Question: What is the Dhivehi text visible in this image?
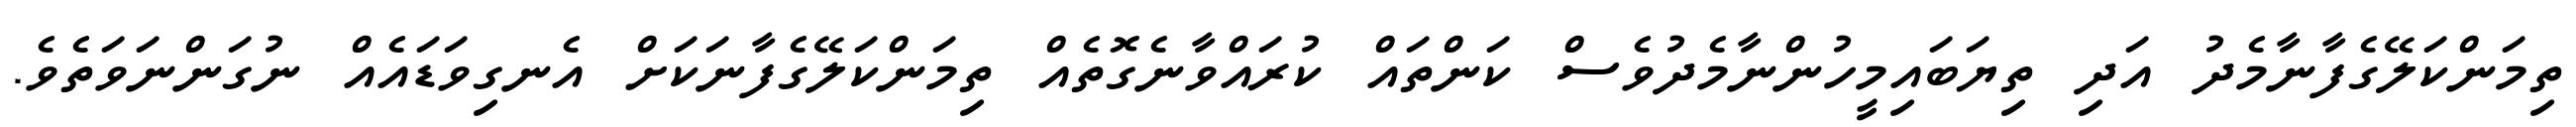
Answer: ތިމަންކަލޭގެފާނާމެދު އަދި ތިޔަބައިމީހުންނާމެދުވެސް ކަންތައް ކުރައްވާނެގޮތެއް ތިމަންކަލޭގެފާނަކަށް އެނގިވަޑައެއް ނުގަންނަވަތެވެ.